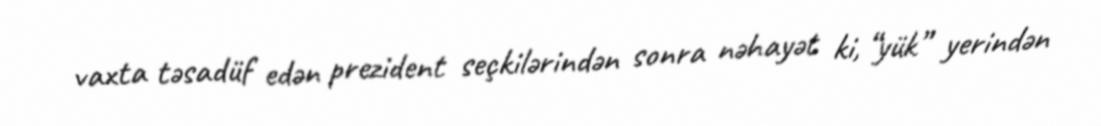
vaxta təsadüf edən prezident seçkilərindən sonra nəhayət ki, “yük” yerindən